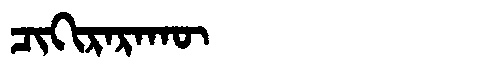
Manchu: ᠴᡳᡴᡳᡵᠠᡵᠠᡴᡡ
Romanization: CIKIRARAKŪ